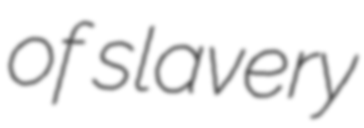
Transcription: of slavery